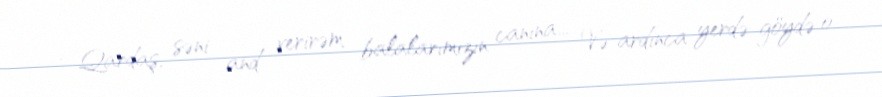
- Qardaş, səni and verirəm balalarımızın canına... Və ardınca yerdə-göydə o